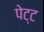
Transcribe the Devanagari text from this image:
पेट्ट